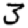
Digit: 3